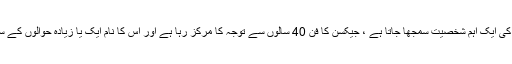
مائیکل جیکسن کو 20 ویں صدی کی ایک اہم شخصیت سمجھا جاتا ہے ، جیکسن کا فن 40 سالوں سے توجہ کا مرکز رہا ہے اور اس کا نام ایک یا زیادہ حوالوں کے ساتھ گینز بک آف ریکارڈ میں ہے۔